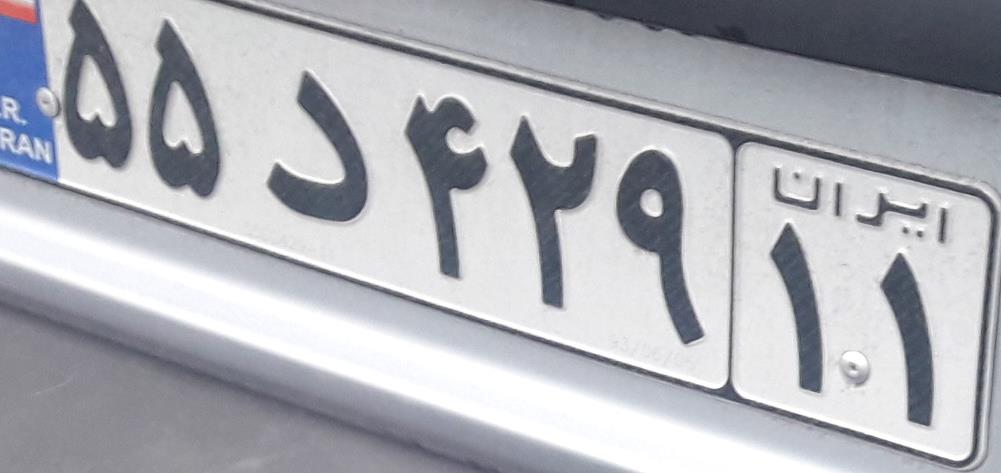
۵۵د۴۲۹۱۱